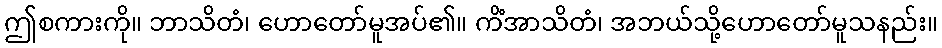
ဤစကားကို။ ဘာသိတံ၊ ဟောတော်မူအပ်၏။ ကိံအာသိတံ၊ အဘယ်သို့ဟောတော်မူသနည်း။